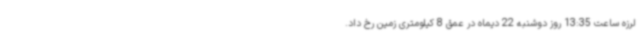
لرزه ساعت 13:35 روز دوشنبه 22 دیماه در عمق 8 کیلومتری زمین رخ داد.